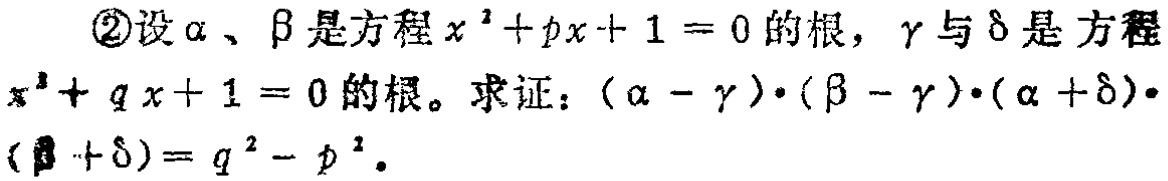
\textcircled{2}设\(\alpha\)、\(\beta\)是方程\(x^{2}+px + 1 = 0\)的根，\(\gamma\)与\(\delta\)是方程\(x^{2}+qx + 1 = 0\)的根。求证：\((\alpha - \gamma)\cdot(\beta - \gamma)\cdot(\alpha +\delta)\cdot(\beta +\delta)= q^{2}-p^{2}\)。